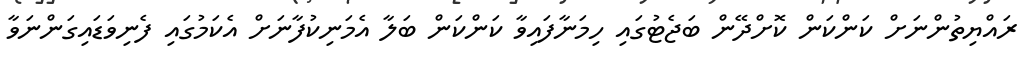
ރައްޔިތުންނަށް ކަންކަން ކޮށްދޭން ބަޖެޓުގައި ހިމަނާފައިވާ ކަންކަން ބަލާ އެމަނިކުފާނަށް އެކަމުގައި ފެނިވަޑައިގަންނަވާ